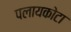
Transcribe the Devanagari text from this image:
पलायकोटा